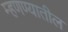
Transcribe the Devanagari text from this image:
म्हणण्यातील